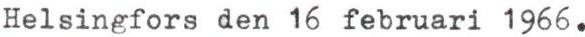
Helsingfors den 16 februari 1966.